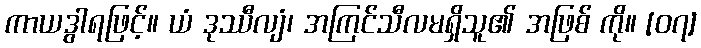
ကာယဒွါရဖြင့်။ ယံ ဒုဿီလျံ၊ အကြင်သီလမရှိသူ၏ အဖြစ် ကို။ [၀၇]